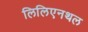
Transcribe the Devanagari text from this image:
लिलिएनथल